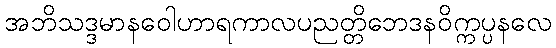
အဘိသဒ္ဒမာနဝေါဟာရကာလပညတ္တိဘေဒနဝိက္ကပ္ပနလေ